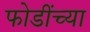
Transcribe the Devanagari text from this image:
फोडींच्या